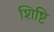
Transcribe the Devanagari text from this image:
शिष्टि